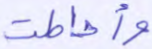
وأحاطت